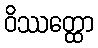
ဝိဿတ္ထော